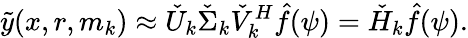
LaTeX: \tilde{y}(x,r,m_{k})\approx\check{U}_{k}\check{\Sigma}_{k}\check{V}_{k}^{H}\hat{f}(\psi)=\check{H}_{k}\hat{f}(\psi).